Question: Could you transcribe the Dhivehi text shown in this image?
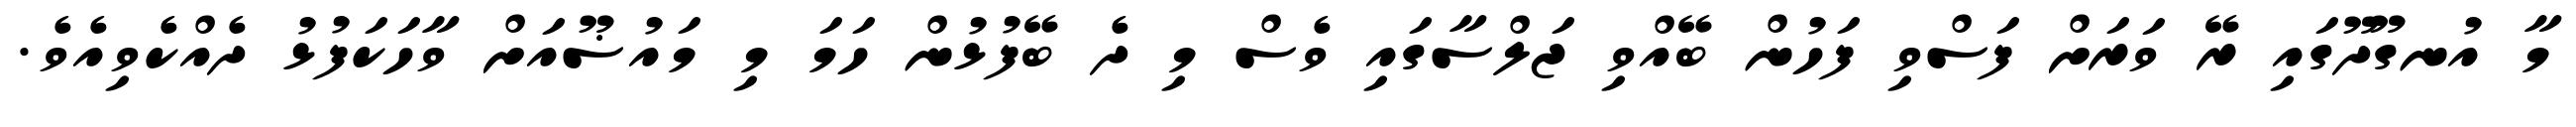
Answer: މާ އުނގޫދޫގައި ރޭ ވަރަށް ފަސްވި ފަހުން ބޭއްވި ޖަލްސާގައި ވެސް މި ދެ ބޭފުޅުން ހަމަ މި މައުޟޫއަށް ވާހަކަފުޅު ދެއްކެވިއެވެ.